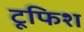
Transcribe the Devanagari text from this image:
टूफिश